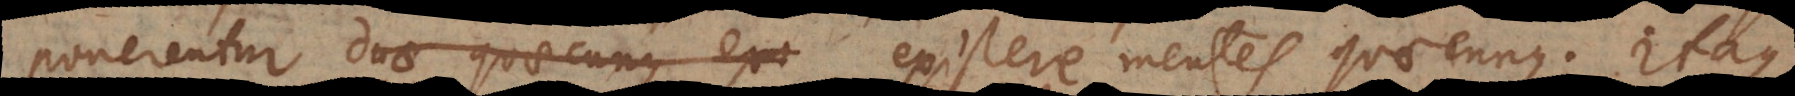
ponerentur duae quaecunque exi existere mentes quaecunque. Itaque